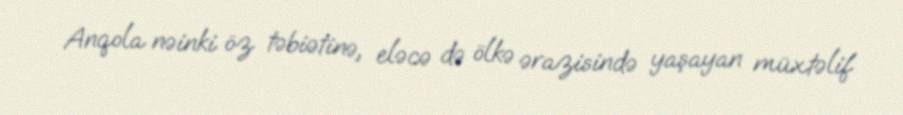
Anqola nəinki öz təbiətinə, eləcə də ölkə ərazisində yaşayan müxtəlif